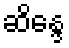
ဆိန္ဒေ